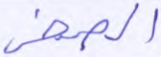
الصخر